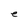
Character: e